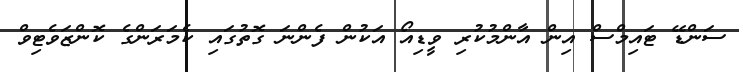
ސަންޑޭ ޓައިމްސް އިން އާންމުކުރި ވީޑިއޯ އަކުން ފެންނަ ގޮތުގައި ކެމަރަންގެ ކޮންޒަވެޓިވް